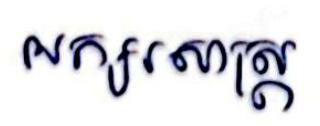
អក្សរសាស្ដ្រ